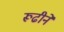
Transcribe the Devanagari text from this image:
रूढीने